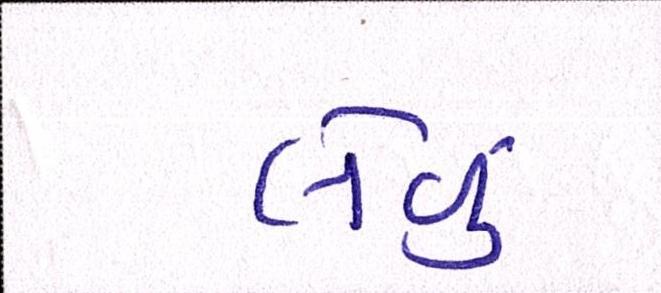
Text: લેવું